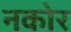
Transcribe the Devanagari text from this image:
नकोर